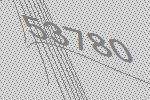
53780